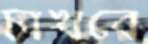
চাখবে